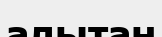
алытан